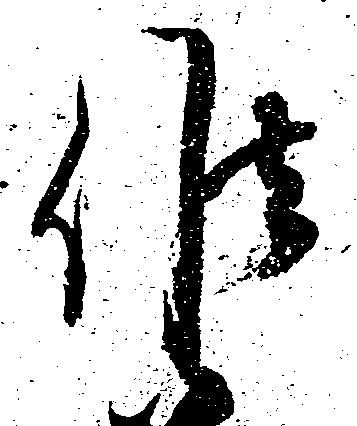
候